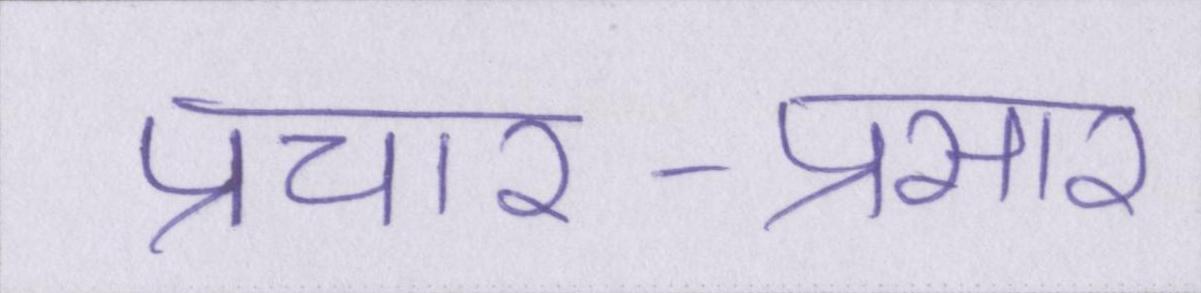
प्रचार-प्रसार